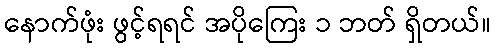
နောက်ဖုံး ဖွင့်ရရင် အပိုကြေး ၁ ဘတ် ရှိတယ်။